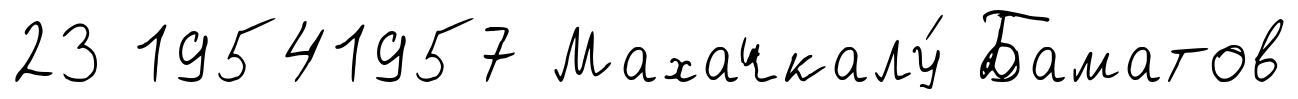
23 19541957 Махачкалу́ Баматов